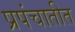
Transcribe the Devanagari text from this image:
प्रपंचातीत